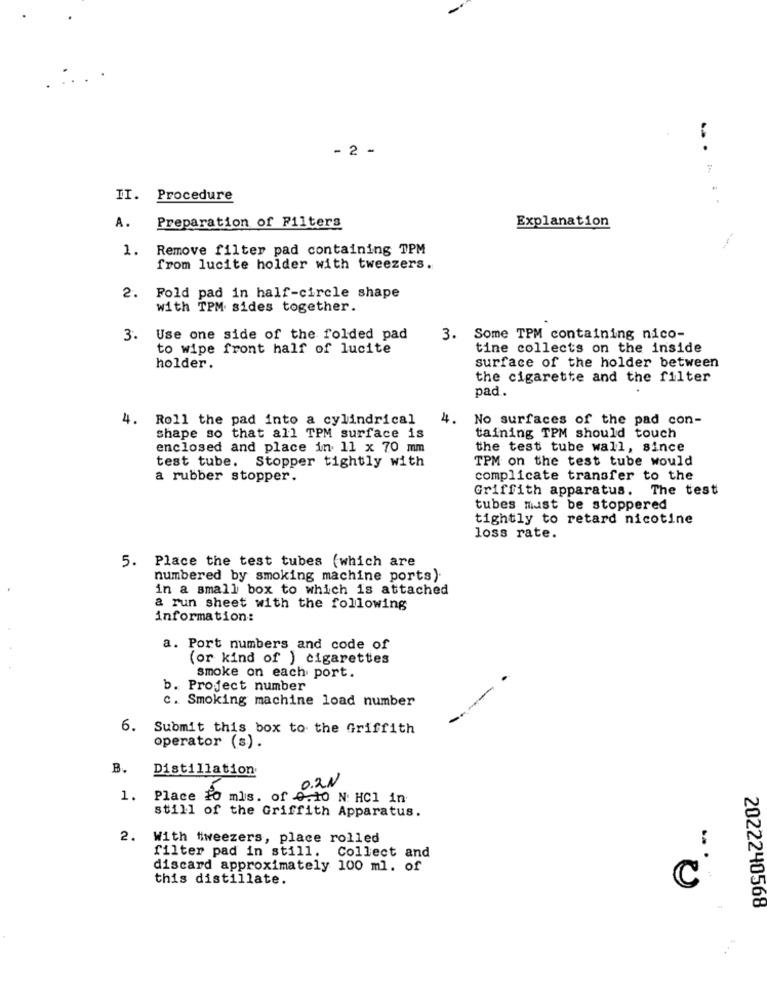
- 2 -
II. Procedure
A.
Preparation of Filters
Explanation
1. Remove filter pad containing TPM
from lucite holder with tweezers.
2. Fold pad in half-circle shape
with TPM sides together.
3.
Use one side of the folded pad
m
Some TPM containing nico-
to wipe front half of lucite
tine collects on the inside
holder.
surface of the holder between
the cigarette and the filter
pad.
4.
Roll the pad into a cylindrical
4.
No surfaces of the pad con-
shape so that all TPM surface is
taining TPM should touch
enclosed and place in 11 x 70 mm
the test tube wall, since
test tube. Stopper tightly with
TPM on the test tube would
a rubber stopper.
complicate transfer to the
Griffith apparatus. The test
tubes must be stoppered
tightly to retard nicotine
loss rate.
5. Place the test tubes (which are
numbered by smoking machine ports).
in a small box to which is attached
a run sheet with the following
information:
a. Port numbers and code of
(or kind of ) cigarettes
smoke on each port.
b. Project number
c. Smoking machine load number
6.
Submit this box to the Griffith
operator (s) .
B.
Distillation
0.2N
1.
Place To mls. of 0.10 N HCI in.
still of the Griffith Apparatus.
2. With tweezers, place rolled
filter pad in still.
Collect and
discard approximately 100 ml. of
this distillate.
C
2022240568